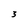
Character: 3